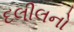
દલીલનો